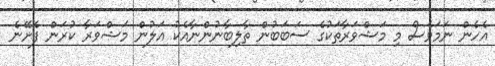
އެހެެން ނަމަވެސް މި މަޝްވަރާތަކުގެ ސަބަބުން ތާލިބާނުންނާއެކު އަލުން މަޝްވަރާ ކުރަން ފެށޭނެ